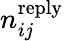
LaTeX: n_{ij}^{\mathrm{reply}}